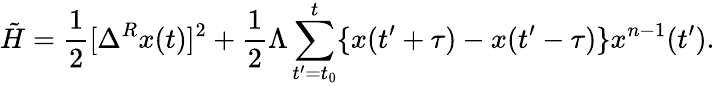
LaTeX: \tilde{H}=\frac{1}{2}[\Delta^{R}x(t)]^{2}+\frac{1}{2}\Lambda\sum_{t^{\prime}=t_{0}}^{t}\{ x(t^{\prime}+\tau)-x(t^{\prime}-\tau)\} x^{n-1}(t^{\prime}).